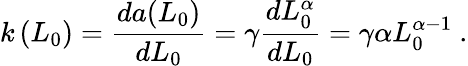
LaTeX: k\left(L_{0}\right)=\frac{da(L_{0})}{dL_{0}}=\gamma\frac{dL_{0}^{\alpha}}{dL_{0}}=\gamma\alpha L_{0}^{\alpha-1}\ .